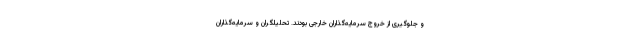
و جلوگیری از خروج سرمایه‌گذاران خارجی بودند. تحلیلگران و سرمایه‌گذاران